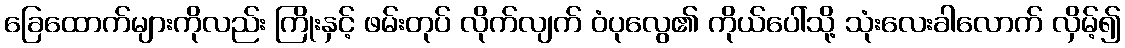
ခြေထောက်များကိုလည်း ကြိုးနှင့် ဖမ်းတုပ် လိုက်လျက် ဝံပုလွေ၏ ကိုယ်ပေါ်သို့ သုံးလေးခါလောက် လှိမ့်၍